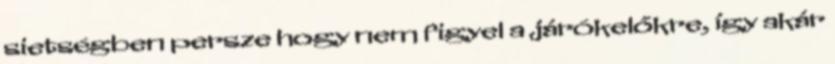
sietségben persze hogy nem figyel a járókelőkre, így akár